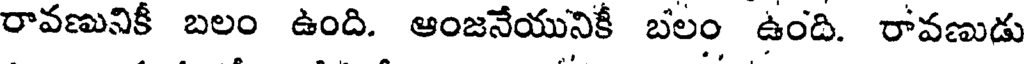
రావణునికీ బలం ఉంది. ఆంజనేయునికీ బలం ఉంది. రావణుడు